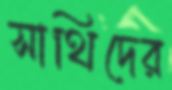
সাথিদের